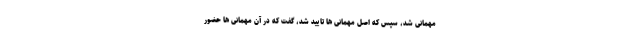
مهمانی شد، سپس که اصل مهمانی ها تایید شد، گفت که در آن مهمانی ها حضور